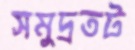
সমুদ্রতট